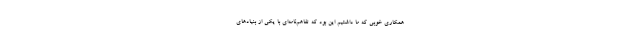
همکاری خوبی که ما داشتیم این بود که تفاهم‌نامه‌ای با یکی از بنیادهای